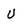
Character: U